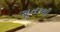
સૂતરથી